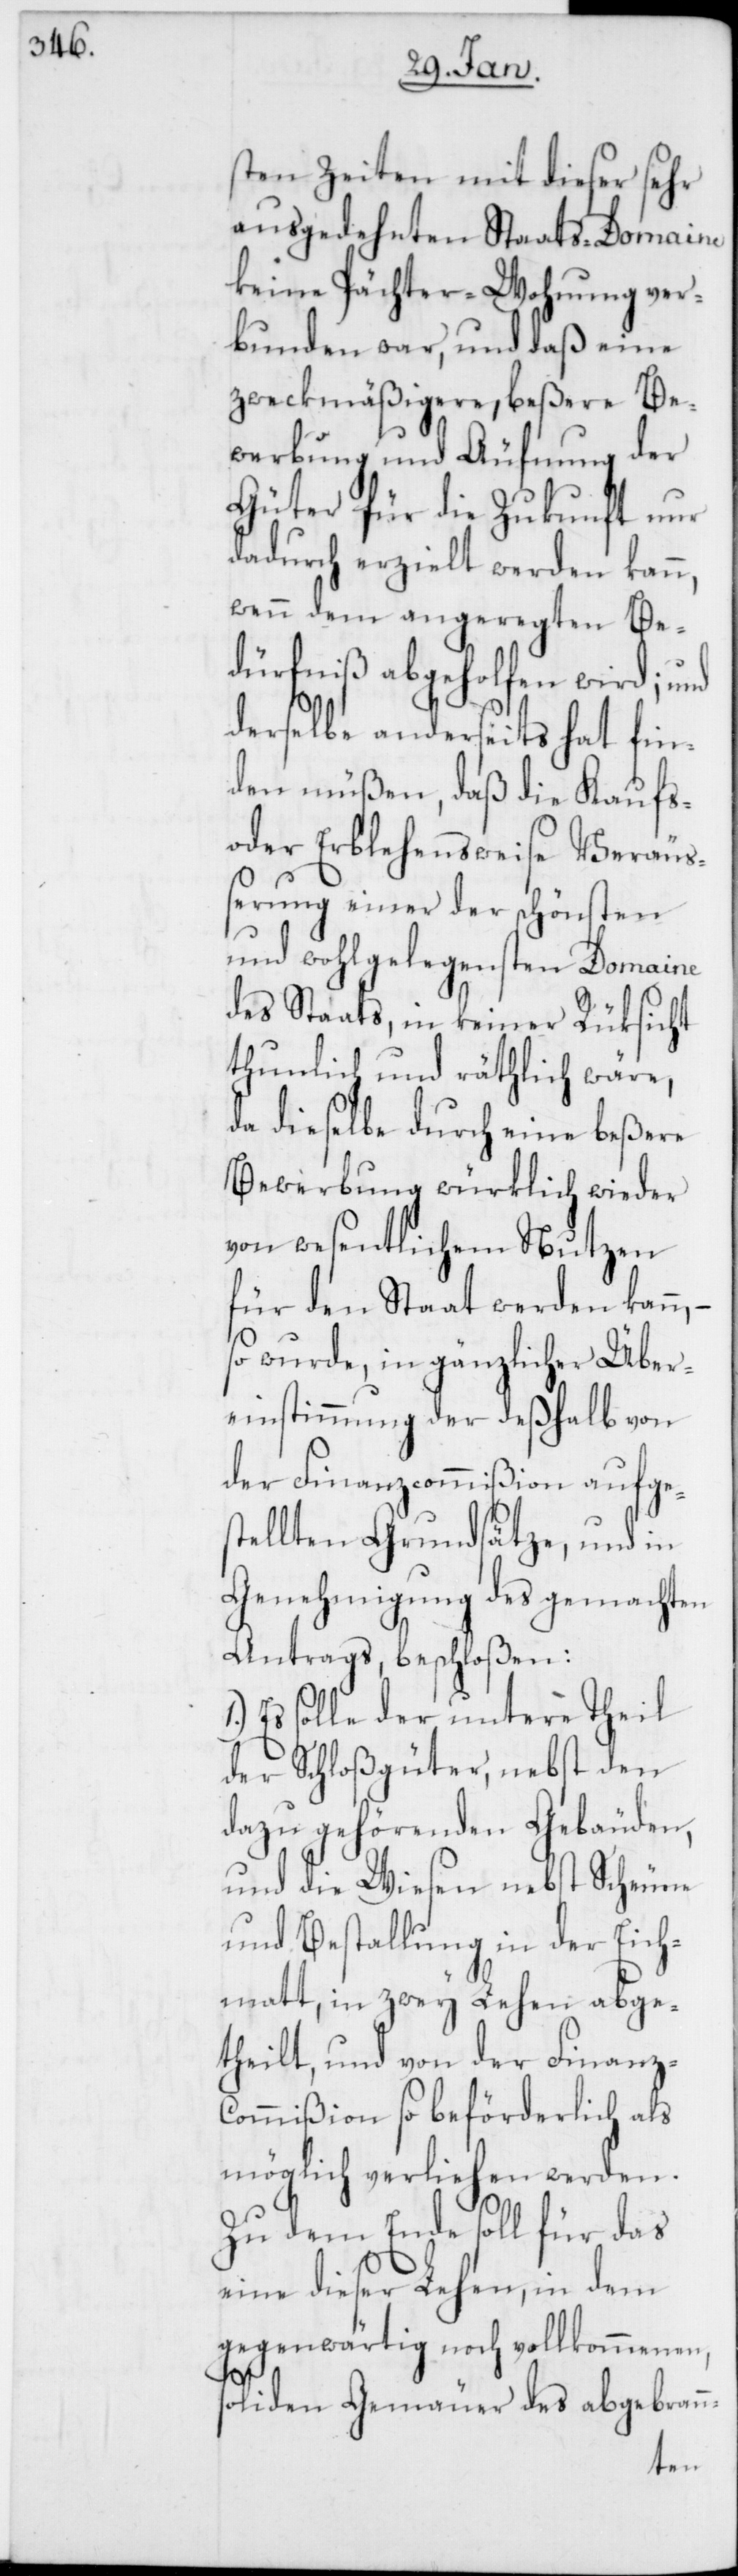
sten Zeiten mit dieser sehr
ausgedehnten Staats-Domaine
keine Pächter-Wohnung ver¬
bunden war, und daß eine
zweckmäßigere beßere Be¬
werbung und Äufnung der
Güter für die Zukunft nur
dadurch erzielt werden kann,
wenn dem angeregten Be¬
dürfniß abgeholfen wird; und
derselbe anderseits hat fin¬
den müßen, daß die Kaufs-
oder Erblehensweise Veräuß¬
erung einer der schönsten
und wohlgelegensten Domaine
des Staats, in keiner Rüksicht
thunlich und räthlich wäre,
da dieselbe durch eine beßere
Bewerbung würklich wieder
von wesentlichem Nutzen
für den Staat werden kann,
so wurde, in gänzlicher Über¬
einstimmung der deßhalb von
der Finanzcommißion aufge¬
tellten Grundsätze, und in
Genehmigung des gemachten
Antrags, beschloßen:
Es solle der untere Theil
der Schloßgüter, nebst den
dazu gehörenden Gebäuden,
und die Wiesen nebst Scheune
und Bestallung in der Eich¬
matt, in zwey Lehen abge¬
theilt, und von der Finanz-C¬
ommißion so beförderlich als
möglich verliehen werden.
Zu dem Ende soll für das
eine dieser Lehen, in dem
gegenwärtig noch vollkommenen,
s¬
soliden Gemäuer des abgebrann-